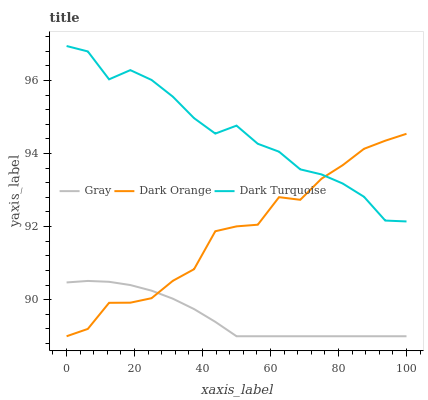
| xaxis_label | Gray | Dark Orange | Dark Turquoise |
 | --- | --- | --- | --- |
 | 0 | 90.5 | 89 | 96.9 |
 | 6.25 | 90.5 | 89.2 | 96.8 |
 | 12.5 | 90.5 | 89.9 | 96 |
 | 18.8 | 90.4 | 89.9 | 96.3 |
 | 25 | 90.2 | 90 | 96 |
 | 31.2 | 90 | 90.5 | 95.6 |
 | 37.5 | 89.7 | 90.8 | 95 |
 | 43.8 | 89.4 | 91.9 | 94.5 |
 | 50 | 89 | 92 | 94.8 |
 | 56.2 | 89 | 92.1 | 94.3 |
 | 62.5 | 89 | 92.8 | 94 |
 | 68.8 | 89 | 92.7 | 93.6 |
 | 75 | 89 | 93.3 | 93.4 |
 | 81.2 | 89 | 93.7 | 93.2 |
 | 87.5 | 89 | 94.1 | 92.8 |
 | 93.8 | 89 | 94.3 | 92.2 |
 | 100 | 89 | 94.5 | 92.1 |